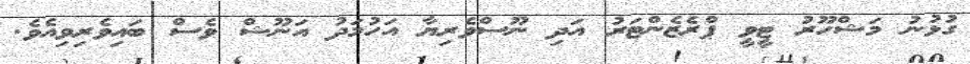
ގުޅުނު މަޝްހޫރު ޓީވީ ޕްރެޒެންޓަރު އަދި ނޫސްވެރިޔާ އަހުމަދު އަނޫޝް ވެސް ބައިވެރިވިއެވެ.